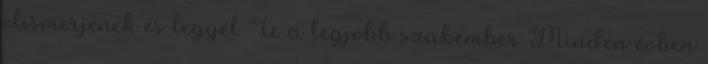
elismerjenek és legyél Te a legjobb szakember Minden évben